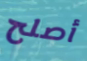
أصلح